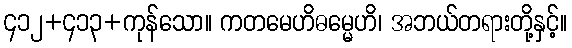
၄၁၂+၄၁၃+ကုန်သော။ ကတမေဟိဓမ္မေဟိ၊ အဘယ်တရားတို့နှင့်။